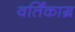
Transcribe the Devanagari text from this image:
वर्तिंकाग्र